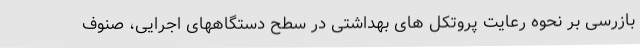
بازرسی بر نحوه رعایت پروتکل های بهداشتی در سطح دستگاههای اجرایی، صنوف